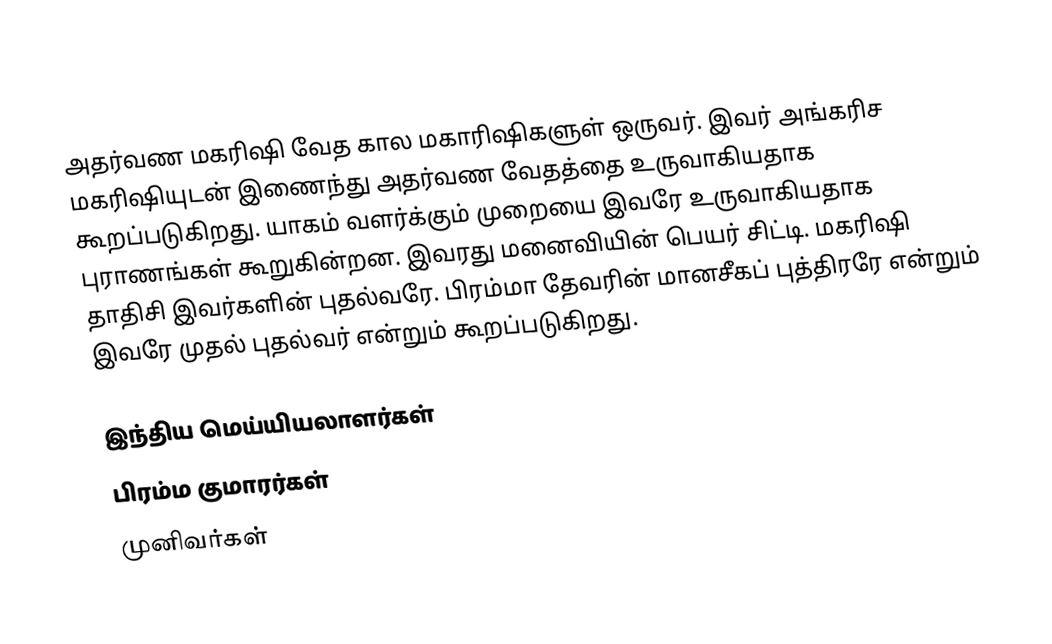
அதர்வண மகரிஷி  வேத கால மகாரிஷிகளுள் ஒருவர். இவர் அங்கரிச மகரிஷியுடன் இணைந்து அதர்வண வேதத்தை உருவாகியதாக கூறப்படுகிறது. யாகம் வளர்க்கும் முறையை இவரே உருவாகியதாக புராணங்கள் கூறுகின்றன. இவரது மனைவியின் பெயர் சிட்டி. மகரிஷி தாதிசி இவர்களின் புதல்வரே. பிரம்மா தேவரின் மானசீகப் புத்திரரே என்றும் இவரே முதல் புதல்வர் என்றும் கூறப்படுகிறது.

இந்திய மெய்யியலாளர்கள்
பிரம்ம குமாரர்கள்
முனிவர்கள்